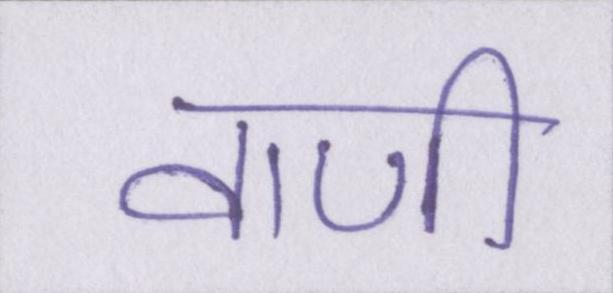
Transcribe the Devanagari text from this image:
वाणी